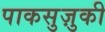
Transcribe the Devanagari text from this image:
पाकसुज़ुकी